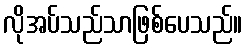
လိုအပ်သည်သာဖြစ်ပေသည်။